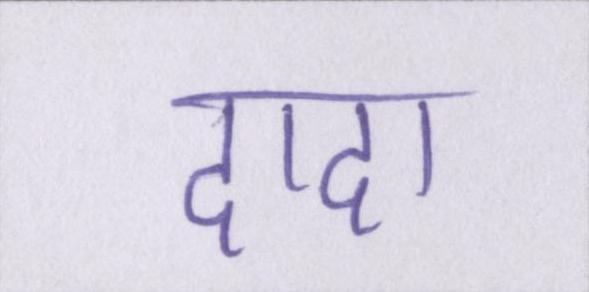
दादा